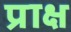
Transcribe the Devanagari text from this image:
प्राक्ष